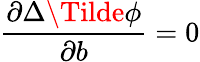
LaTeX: \frac{\partial\Delta\Tilde{\phi}}{\partial b}=0